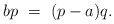
\begin{align*}bp \ =\ (p-a)q.\end{align*}